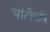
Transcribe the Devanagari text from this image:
घांटीगांव